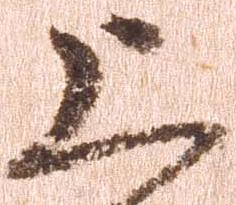
上